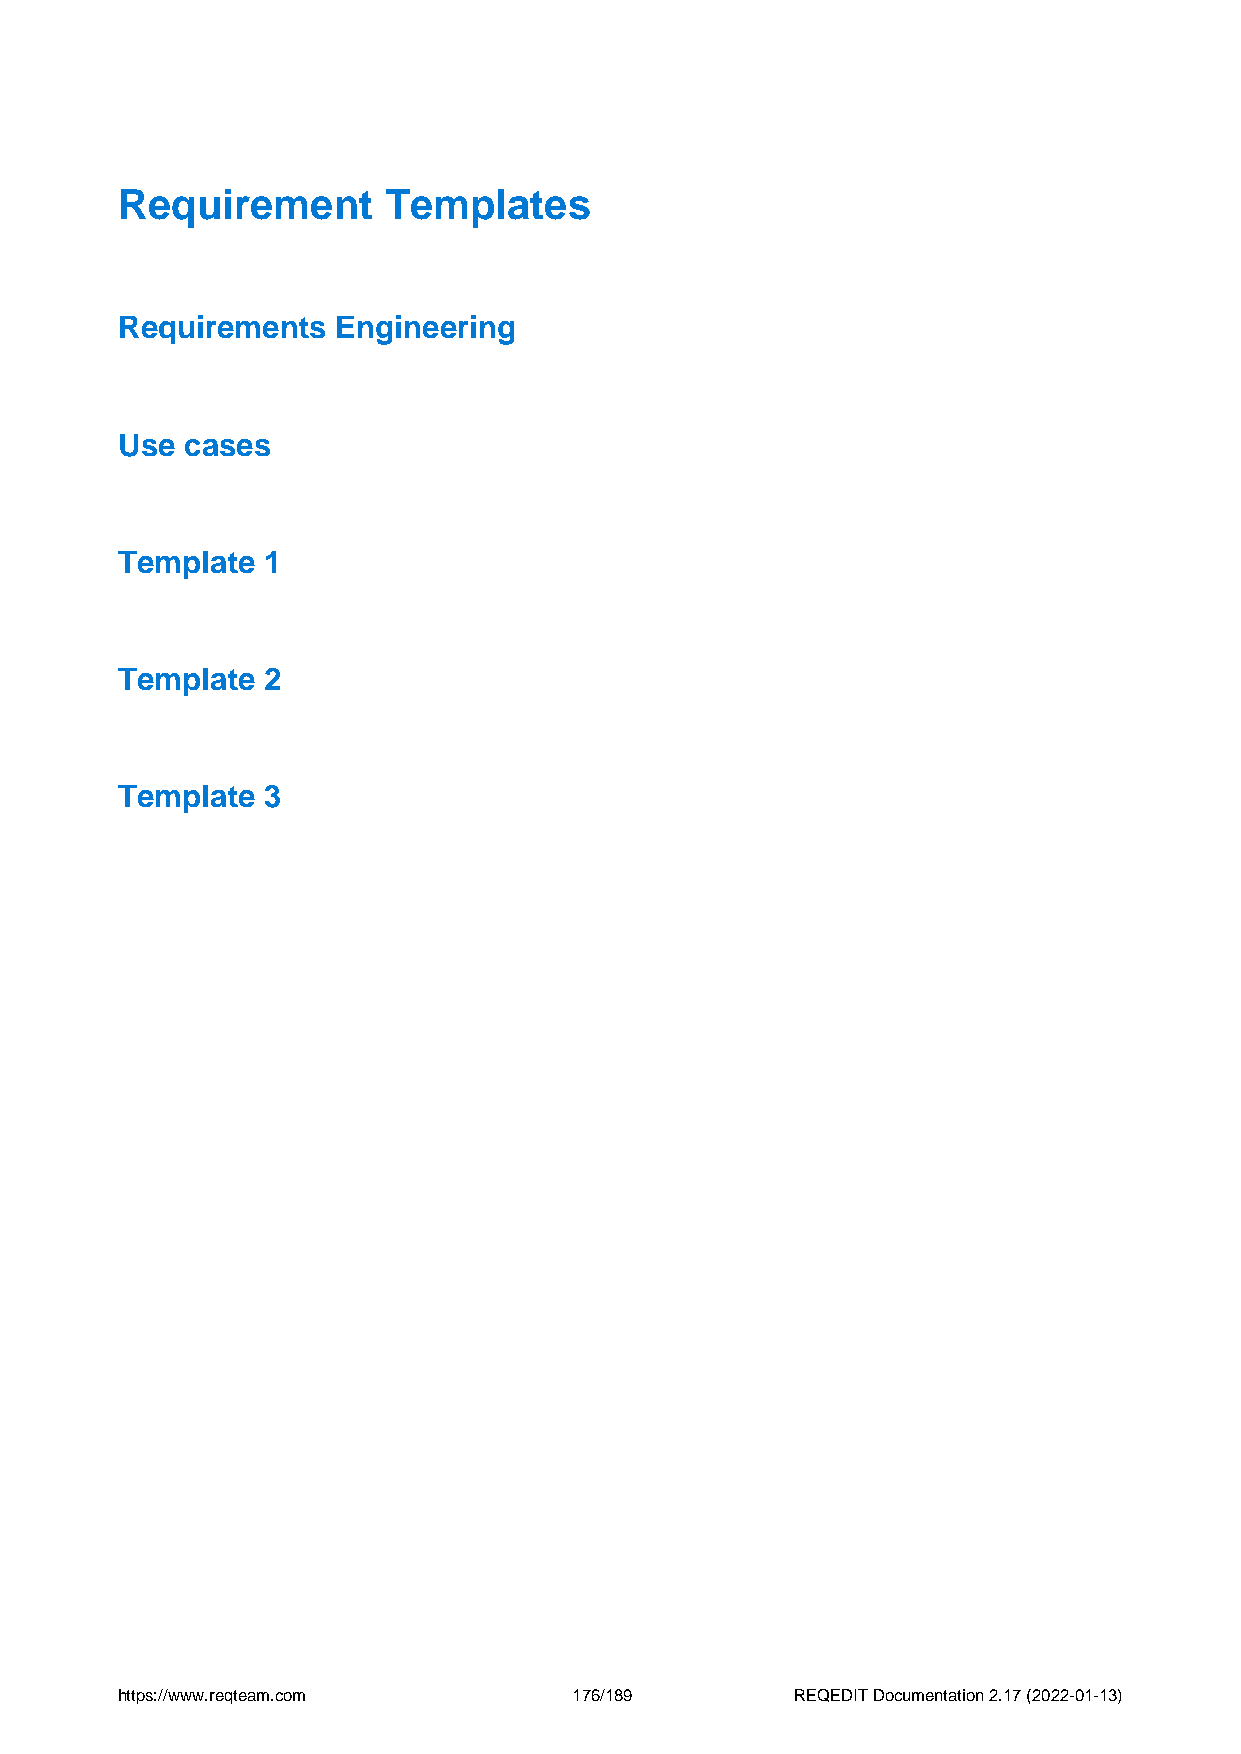
Requirement      Templates
 Requirements  Engineering
 Use cases
 Template 1
 Template 2
 Template 3
 https://www.reqteam.com       176/189        REQEDIT Documentation 2.17 (2022-01-13)